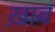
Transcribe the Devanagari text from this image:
ख़ाब